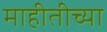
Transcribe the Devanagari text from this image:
माहीतीच्या